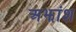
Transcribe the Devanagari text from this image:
अझांश